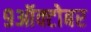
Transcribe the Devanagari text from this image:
९ऑक्टोबर